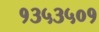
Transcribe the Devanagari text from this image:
१३५३५०१